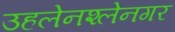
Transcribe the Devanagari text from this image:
उहलेनश्लेनगर